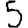
Digit: 5